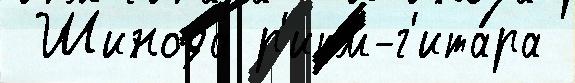
 Шинода р'итм-г'ита́ра